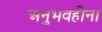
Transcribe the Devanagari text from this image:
अनुभवहीना